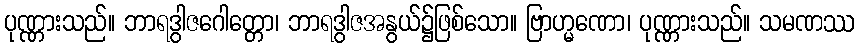
ပုဏ္ဏားသည်။ ဘာရဒွါဇဂေါတ္တော၊ ဘာရဒွါဇအနွယ်၌ဖြစ်သော။ ဗြာဟ္မဏော၊ ပုဏ္ဏားသည်။ သမဏဿ